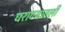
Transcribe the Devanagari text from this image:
घराण्यातली